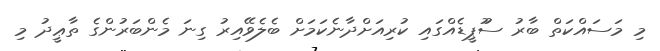
މި މަސައްކަތް ބާރު ސުުޕީޑެއްގައި ކުރިއަށްދާނެކަމަަށް ބެލެވޭއިރު ގިނަ މެންބަރުންގެ ތާޢީދު މި